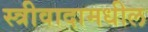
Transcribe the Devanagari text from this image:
स्त्रीवादामधील